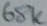
Text: 68K